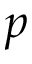
p